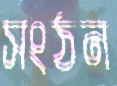
সংঠন